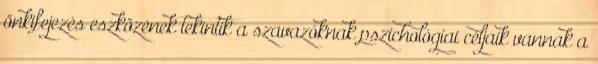
önkifejezés eszközének tekintik a szavazóknak pszichológiai céljaik vannak a